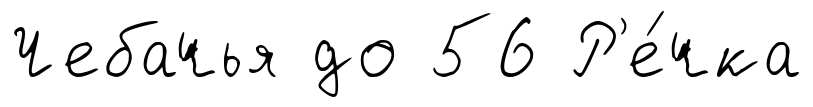
Чебачья до 56 Р'е́чка